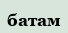
батам